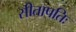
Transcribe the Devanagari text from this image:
सीतापतिः